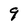
Character: 9